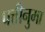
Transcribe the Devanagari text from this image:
पत्तीनुमा